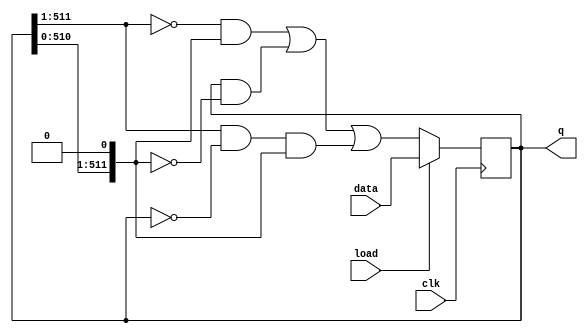
module top_module(
    input clk,
    input load,
    input [511:0] data,
    output [511:0] q
); 
    always @(posedge clk)begin
        if(load) q<=data;
        else     q<= ~(q>>1)&(q<<1) | q&~(q<<1) | (q>>1)&~q&(q<<1);
    end
endmodule